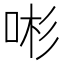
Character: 𱒩